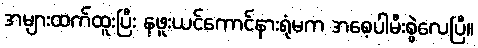
အများထက်ထူးပြီး နဖူးယင်ကောင်နားရုံမက အစေ့ပါမီးစွဲလေပြီ။